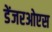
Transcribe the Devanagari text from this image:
डेंजरओएस